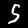
Label: 5